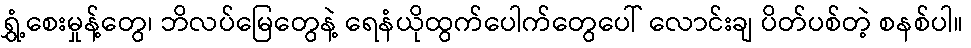
ရွှံ့စေးမှုန့်တွေ၊ ဘိလပ်မြေတွေနဲ့ ရေနံယိုထွက်ပေါက်တွေပေါ် လောင်းချ ပိတ်ပစ်တဲ့ စနစ်ပါ။